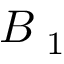
B _ { \textrm { 1 } }